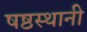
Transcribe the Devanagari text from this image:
षष्ठस्थानी